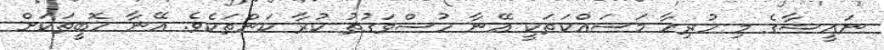
ނައީޝާގެ މި ހުރިހާ މަސައްކަތަކީ އޭނާ ހުސްވަގުތު ކުރާ ކަންތަކެވެ. އޭނާ ހޮބީތަކަށް